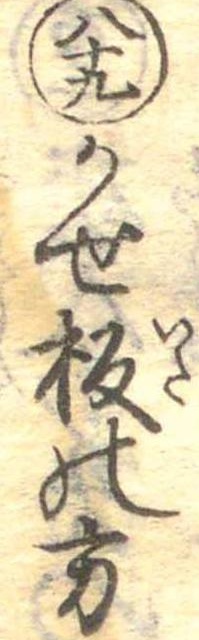
八十九かせ板の方